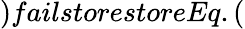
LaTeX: )failstorestoreEq.(